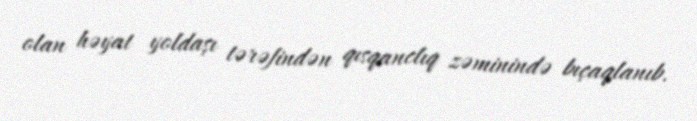
olan həyat yoldaşı tərəfindən qısqanclıq zəminində bıçaqlanıb.